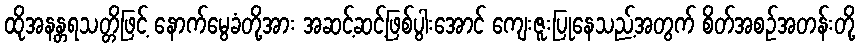
ထိုအနန္တရသတ္တိဖြင့် နောက်မွေခံတို့အား အဆင့်ဆင့်ဖြစ်ပွါးအောင် ကျေးဇူးပြုနေသည့်အတွက် စိတ်အစဉ်အတန်းတို့